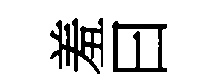
羞曰